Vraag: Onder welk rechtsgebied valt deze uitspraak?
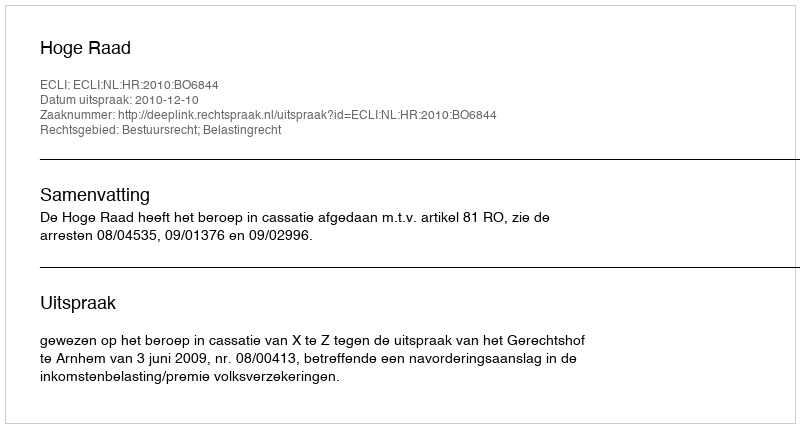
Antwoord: Bestuursrecht; Belastingrecht